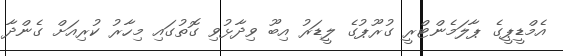
އެމްޑީޕީގެ ޕާލަމެންޓްރީ ގުރޫޕުގެ ލީޑަރު އިބޫ ވިދާޅުވި ގޮތުގައި މިހާރު ކުރިއަށް ގެންދާ